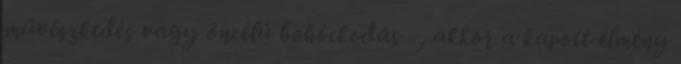
művészkedés vagy öncélú bohóckodás -, akkor a kapott élmény